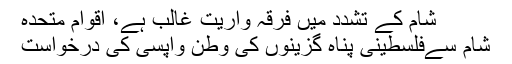
شام کے تشدد میں فرقہ واریت غالب ہے، اقوام متحدہ
شام سےفلسطینی پناہ گزینوں کی وطن واپسی کی درخواست